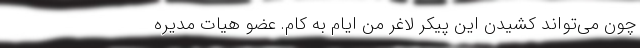
چون می‌تواند کشیدن این پیکر لاغر من ایام‌ به کام. عضو هیات مدیره